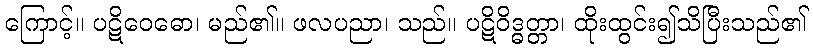
ကြောင့်။ ပဋိဝေဓော၊ မည်၏။ ဖလပညာ၊ သည်။ ပဋိဝိဒ္ဓတ္တာ၊ ထိုးထွင်း၍သိပြီးသည်၏